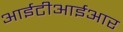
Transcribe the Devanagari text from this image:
आईटीआईआर